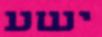
ישע